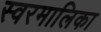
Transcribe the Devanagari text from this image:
स्वरमालिका